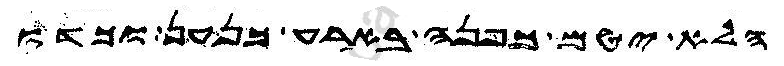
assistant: הלא יטם כפנה בארע כנען וכדו